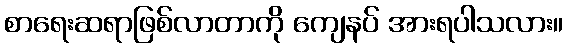
စာရေးဆရာဖြစ်လာတာကို ကျေနပ် အားရပါသလား။